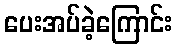
ပေးအပ်ခဲ့ကြောင်း